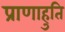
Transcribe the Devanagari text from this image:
प्राणाहुति